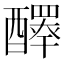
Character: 𨣠